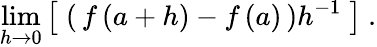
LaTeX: \operatorname*{lim}_{h\to 0}\left[\; \left(\, f\left(a+h\right)-f\left(a\right)\, \right)h^{-1}\; \right]~.